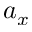
a _ { x }